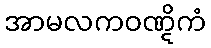
အာမလကဝဏ္ဋိကံ